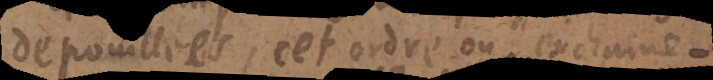
depouillées, cet ordre ou enchainement